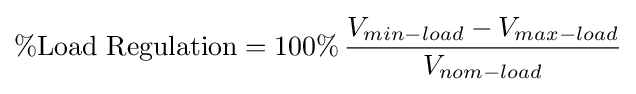
\%{\text{Load Regulation}}=100\%\,{\frac {V_{min-load}-V_{max-load}}{V_{nom-load}}}